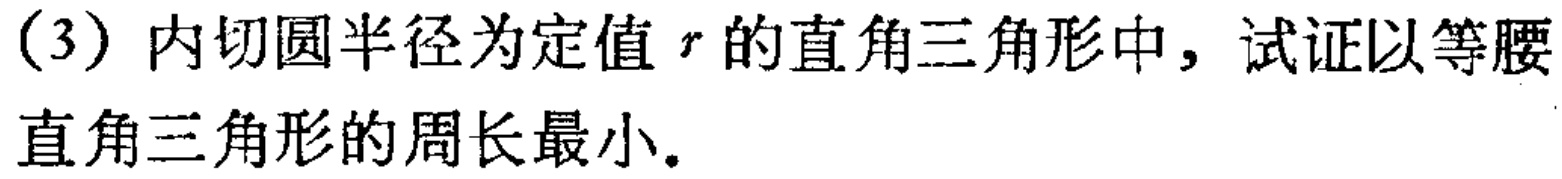
(3) 内切圆半径为定值 \(r\) 的直角三角形中，试证以等腰直角三角形的周长最小。